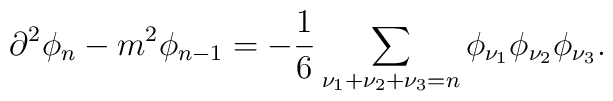
\partial^2\phi_n-m^2\phi _{n-1}=-\frac{1}{6}\sum _{\nu_1+\nu _2+\nu _3=n}\phi _{\nu _1}\phi _{\nu _2}\phi _{\nu _3}.